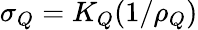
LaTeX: \sigma_{Q}=K_{Q}(1/\rho_{Q})